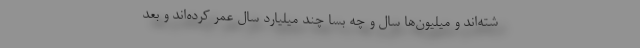
شته‌اند و میلیون‌ها سال و چه بسا چند میلیارد سال عمر کرده‌اند و بعد